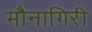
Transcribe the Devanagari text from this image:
मौनागिरी